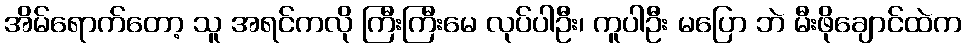
အိမ်ရောက်တော့ သူ အရင်ကလို ကြီးကြီးမေ လုပ်ပါဦး၊ ကူပါဦး မပြော ဘဲ မီးဖိုချောင်ထဲက